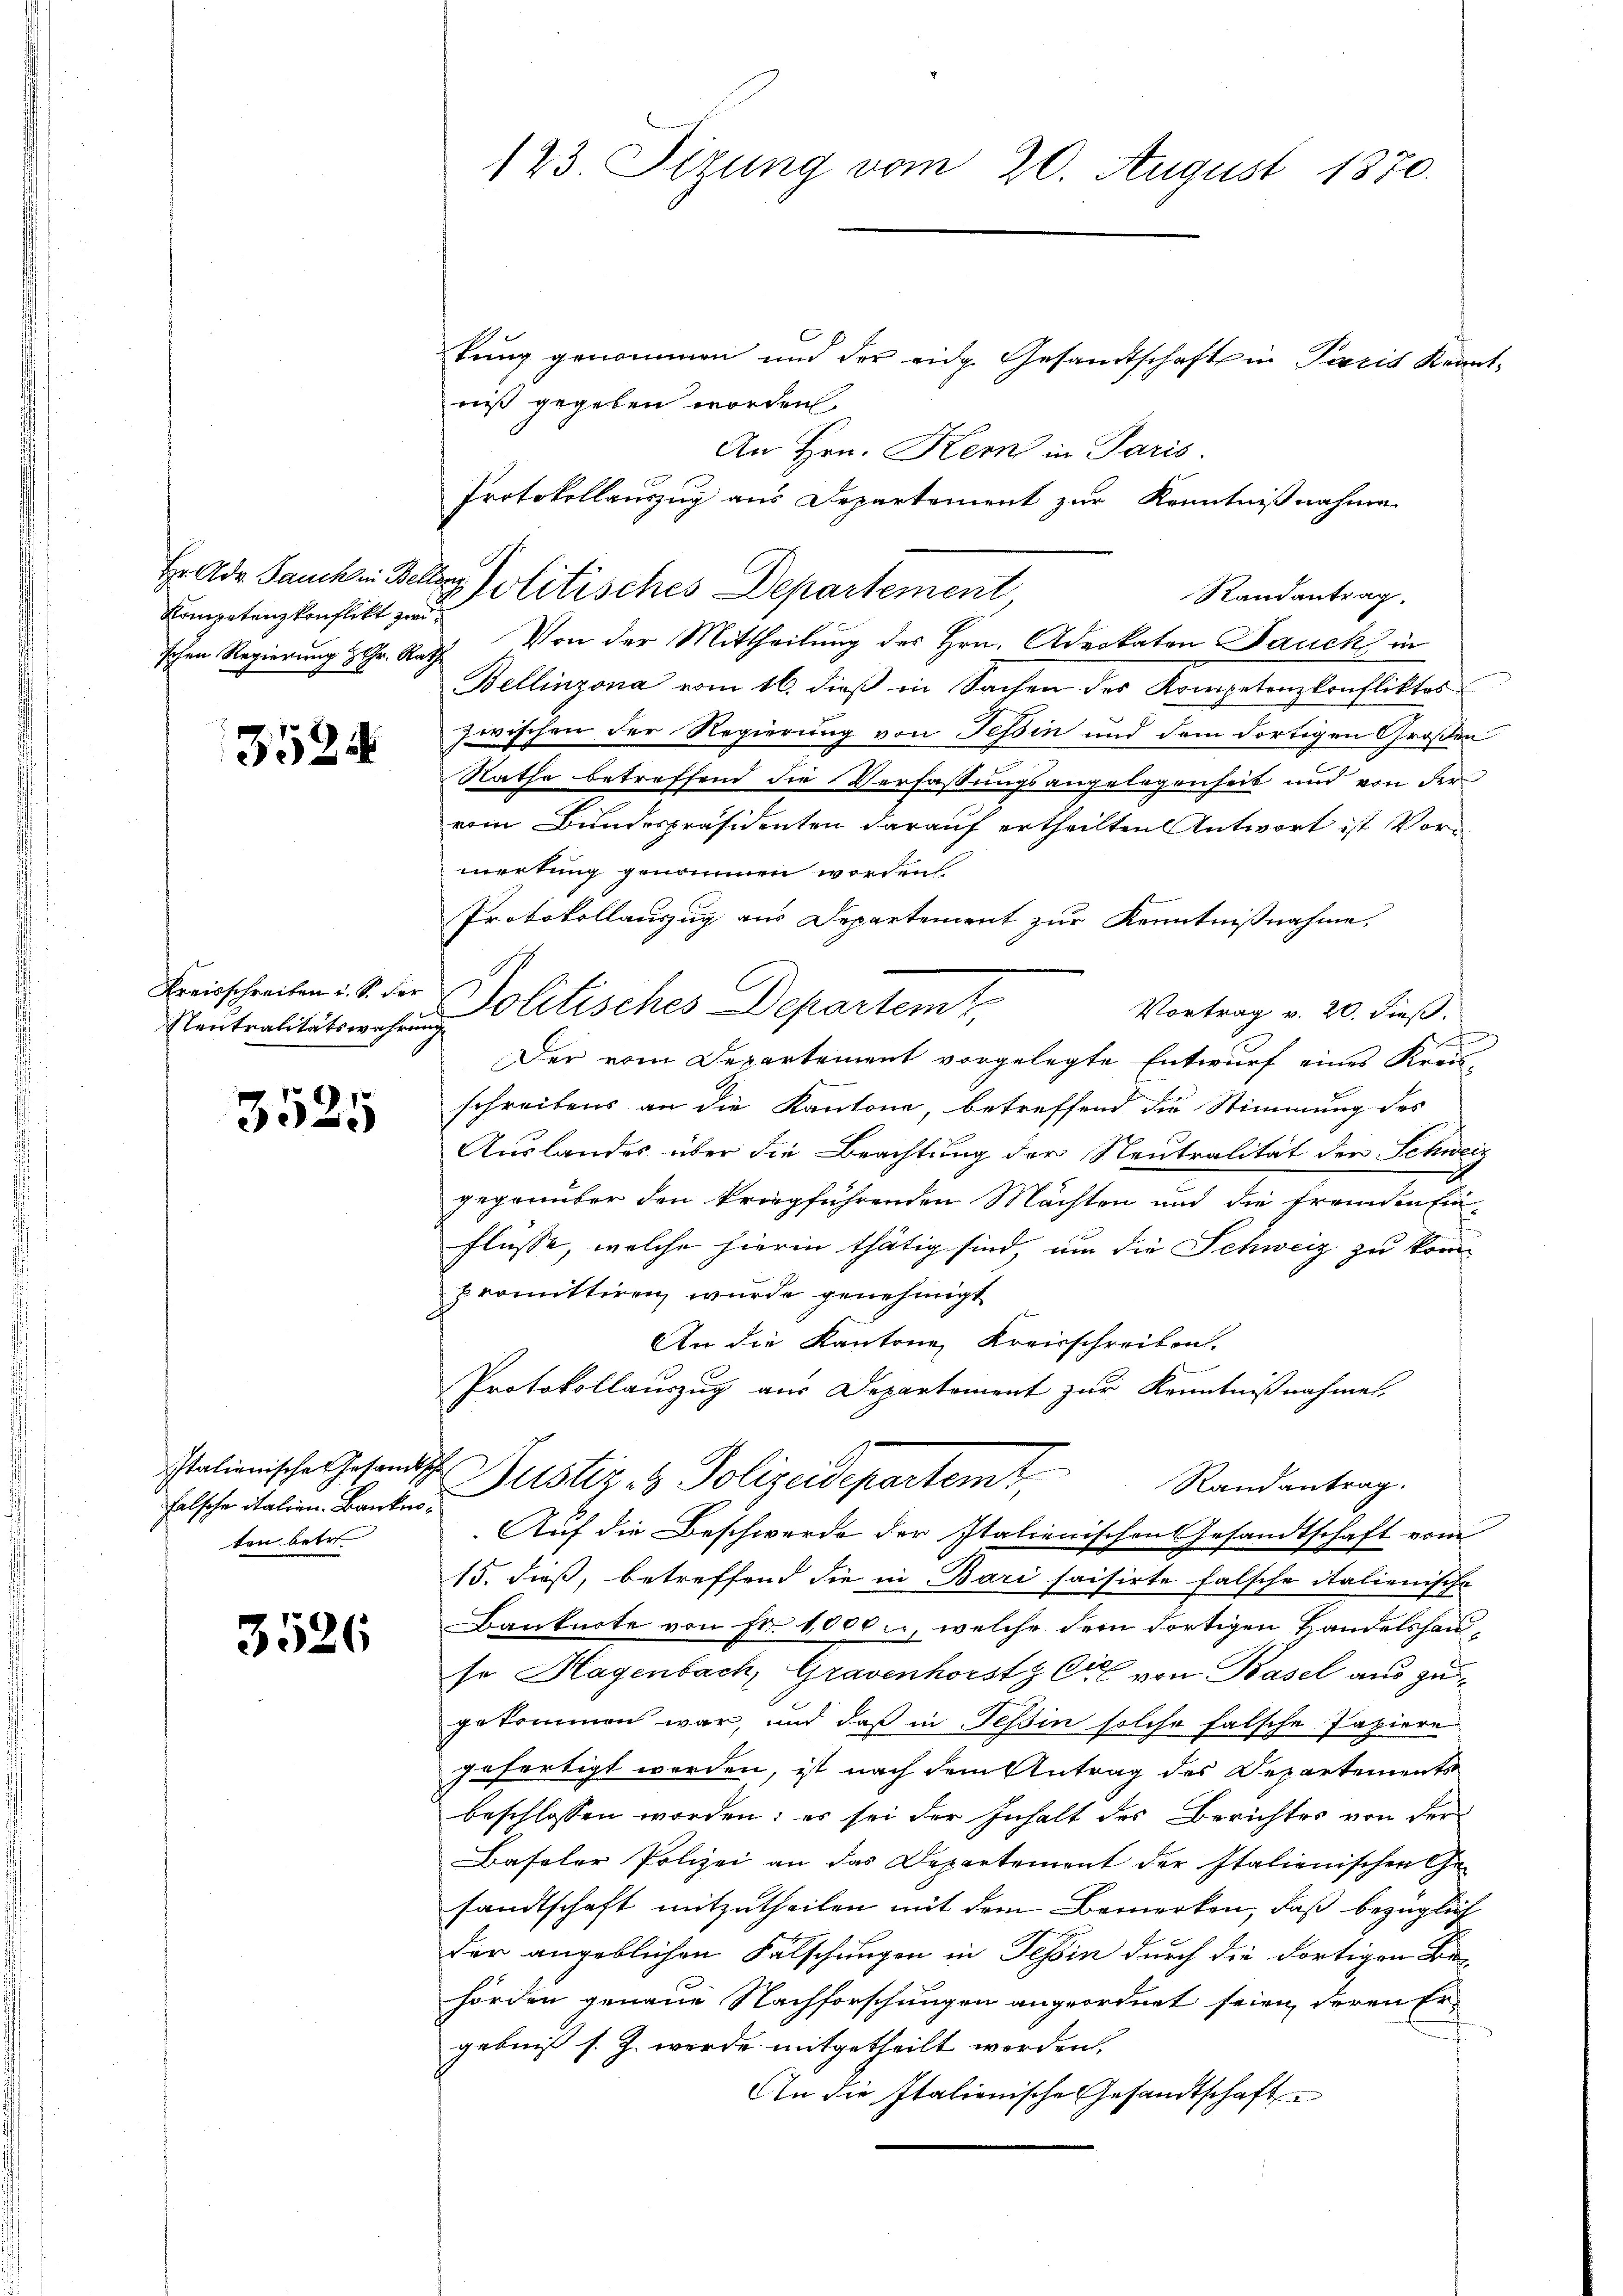
Kompetenzkonflikt zwi

3524

Kreisschreiben u. S. der
Neutralitätswahren

3525

Italienische Gesandtsch
falsche italien. Bankesten betr.

3526

123. Sizung vom 20. August 1870.

tung genommen und der eidg. Gesandtschaft in Pacis Kennt-
niß gegeben worden.
An Hrn. Kern in Paris.
Protokollauszug aus Departement zur Kenntnißnahme
Randantrag.
schen Regierung Gr. Rath. Von der Mittheilung des Hrn. Advokaten Jauck in
Bellinzona vom 16. dieß in Sachen des Kompetenzkonfliktes
zwischen der Regierung von Tessin und dem dortigen Großen
Rathe betreffend die Verfassungsangelegenheit und von der
vom Bundespräsidenten darauf ertheilten Antwort ist Vormerkung genommen worden
Protokollauszug aus Departement zur Kenntnißnahme.
Politisches Departemt,
Vortrag v. 20. dieß.
.
Der vom Departement vorgelegte Entwurf eines Kreis-
schreibens an die Kantone, betreffend die Stimmung des
Auslandes über die Beachtung der Neutralität der Schweiz
gegenüber den kriegführenden Mächten und die Fremden Einflüsse, welche hierin thätig sind, um die Schweiz zu kom
promittiren, wurde genehmigt
An die Kantone, Kreisschreiben.
Protokollauszug aus Departement zur Kenntnißnahmet.
.
Justiz & Polizeidepartemt, Randantrag.
Auf die Beschwerde der Italienischen Gesandtschaft vom
15. dieß, betreffend die in Bari saisirte falsche italienische
Banknote von Fr. 1000., welche dem dortigen Handelshaut
so Hagenbach, Gravenhorstz Cts. von Basel aus zugekommen war, und daß in Tessin solche falsche Papiere
gefertigt werden, ist nach dem Antrag des Departements
beschlossen worden: es sei der Inhalt des Berichtes von der
Baseler Polizei an das Departement der Italienischen Ge-
sandtschaft mitzutheilen mit dem Bemerken, daß bezüglich
der angeblichen Fälschungen in Tessin durch die dortigen Behörden genaue Nachforschungen angeordnet seien, deren Ergebniß s. Z. werde mitgetheilt worden,
An die Italienische Gesandtschaft

Hr de Jauchen Beleolitisches Departement